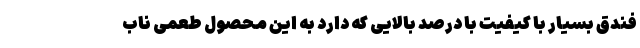
فندق بسیار با کیفیت با درصد بالایی که دارد به این محصول طعمی ناب